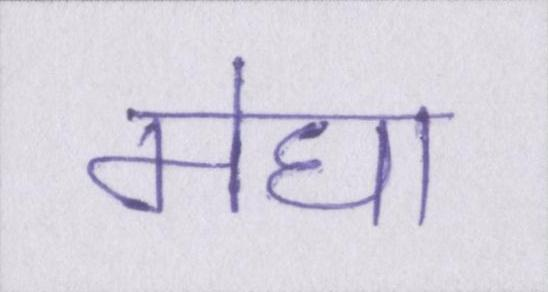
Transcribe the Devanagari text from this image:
मेघा